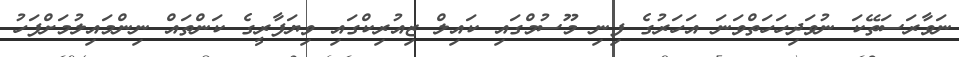
ނަވާރަސަތޭކަ ނުވަދިހަހަތްވަނަ އަހަރުގެ ފިނި މޫސުމްގައި ކައިލް ޒިއުރިކްގައި ވިޔަފާރީގެ ކަންތައް ނިންމައިލުމަށްފަހު